Report of an investigation into the causes of malaria in Bombay and the measures necessary for its control
Disease focus: Malaria
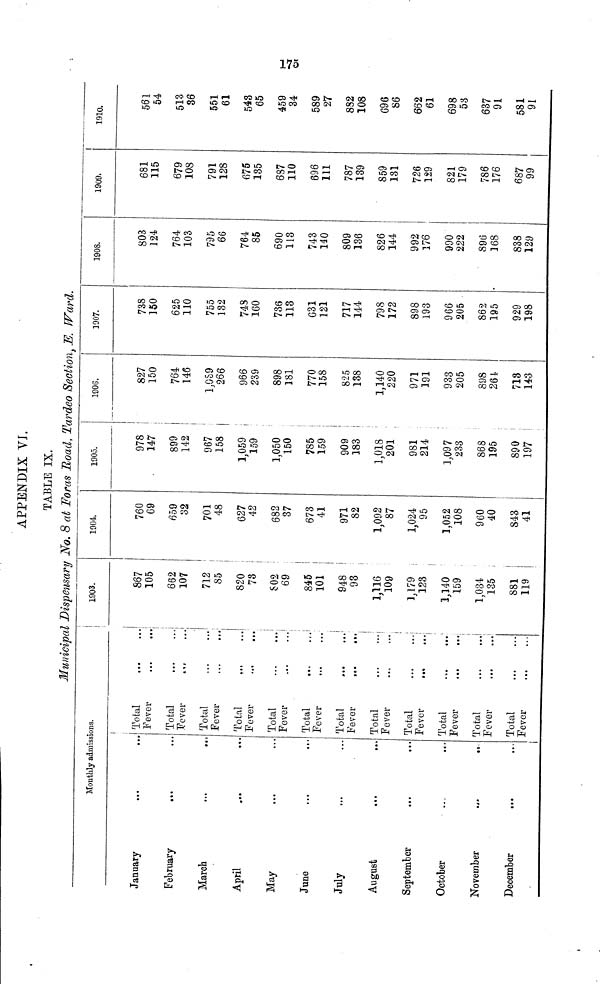
o«
APPENDIX VI.
TABLE IX.
Municipal Dispensary No. 8 at Foras Road, Tardeo Section, JE. Ward.
Monthly admissions.
January
February
March
April
X
May
June
July
August
September
October
November
December
Total
Fever
Total
Fever
Total
Fever
Total
Total
Fever
Total
Fever
Total
Fever
Total
Fever
Total
Fever
,.,
Total
Fever
Total
Fever
Total
Fever
1903.
867
105
662
107
712
85
820
73
S02
69
845
101
948
93
1,116
109
1,179
123
1,140
159
1,034
135 ;
881
119
1904.
760
69
659
32
701
48
627
42
682
37
673
41
971
82
1,092
87
1,024
95
1,052
108
960
40
843
41
1905.
978
147
899
142
967
158
1,059
159
1,050
150
785
159
909
183
1,018
201
981
214
1,097
233
868
195
890
197
1906.
827
150
764
146
1,059
266
966
289
898
181
770
158
825
138
1,140
220
971
191
933
205
898
264
713
143
1907.
738
150
625
110
755
132
743
160
736
113
631
121
717
144
798
172
898
193
966
205
862
195
929
198
1908.
803
124
764
103
795
66
764
85
690
113
743
140
809
136
826
144
992
176
990
222
896
168
838
129
1909.
681
115
679
108
791
128
675
135
687
110
696
111
787
139
859
131
726
129
821
179
786
176
687
99
1910.
561
54
513
36
551
61
543
65
459
34
589
27
882
108
696
86
662
61
698
53
637
91
581
91